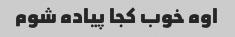
اوه خوب کجا پیاده شوم